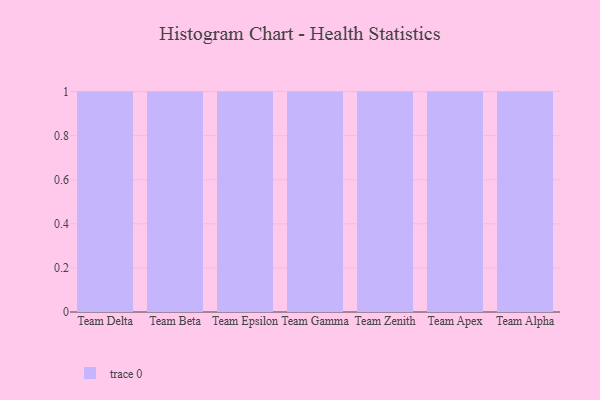
{"axis": {"x": "Team", "y": "Operating Costs (USD K)"}, "legend": [""], "data": [{"x": "Team Delta", "y": 68, "type": ""}, {"x": "Team Beta", "y": 75, "type": ""}, {"x": "Team Epsilon", "y": 21, "type": ""}, {"x": "Team Gamma", "y": 5, "type": ""}, {"x": "Team Zenith", "y": 67, "type": ""}, {"x": "Team Apex", "y": 82, "type": ""}, {"x": "Team Alpha", "y": 36, "type": ""}]}